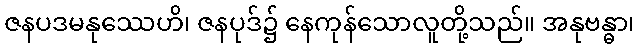
ဇနပဒမနုဿေဟိ၊ ဇနပုဒ်၌ နေကုန်သောလူတို့သည်။ အနုဗန္ဓာ၊